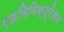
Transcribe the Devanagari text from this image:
एडमिनिस्ट्रेशन